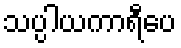
သပ္ပါယကာရီပေ